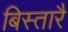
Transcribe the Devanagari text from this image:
बिस्तारै